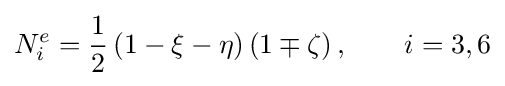
N_{i}^{e}={\frac {1}{2}}\left(1-\xi -\eta \right)\left(1\mp \zeta \right),\qquad i=3,6